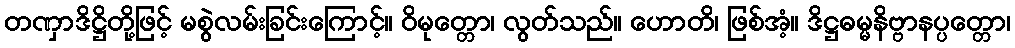
တဏှာဒိဋ္ဌိတို့ဖြင့် မစွဲလမ်းခြင်းကြောင့်။ ဝိမုတ္တော၊ လွတ်သည်။ ဟောတိ၊ ဖြစ်အံ့။ ဒိဋ္ဌဓမ္မနိဗ္ဗာနပ္ပတ္တော၊